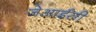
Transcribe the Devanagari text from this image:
जेआईसी